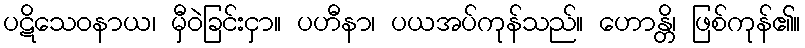
ပဋိသေဝနာယ၊ မှီဝဲခြင်းငှာ။ ပဟီနာ၊ ပယအပ်ကုန်သည်။ ဟောန္တိ၊ ဖြစ်ကုန်၏။